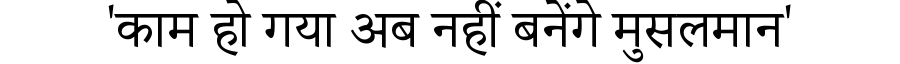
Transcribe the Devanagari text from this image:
'काम हो गया अब नहीं बनेंगे मुसलमान'